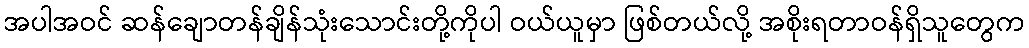
အပါအဝင် ဆန်ချောတန်ချိန်သုံးသောင်းတို့ကိုပါ ဝယ်ယူမှာ ဖြစ်တယ်လို့ အစိုးရတာဝန်ရှိသူတွေက